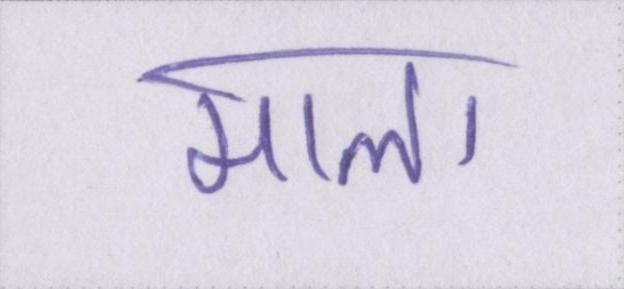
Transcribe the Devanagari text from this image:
माला